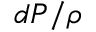
d P / \rho